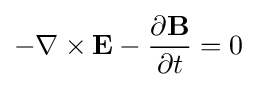
-\nabla \times \mathbf {E} -{\frac {\partial \mathbf {B} }{\partial t}}=0